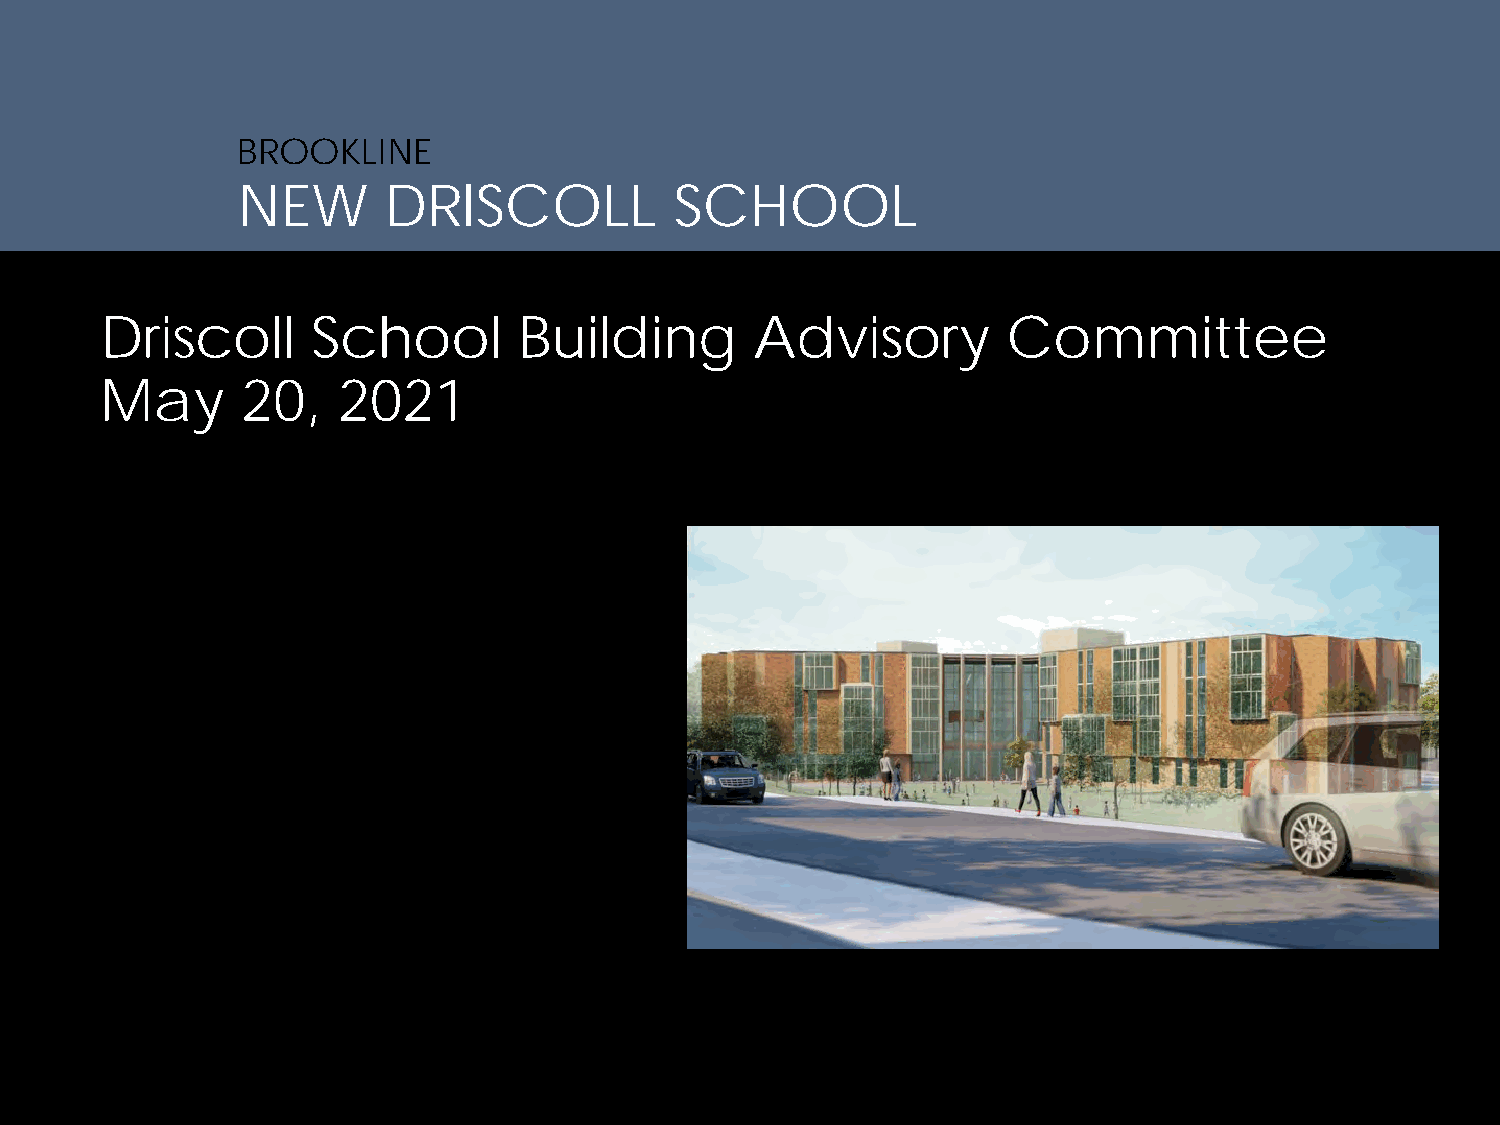
BROOKLINE
 NEW      DRISCOLL            SCHOOL
 Driscoll      School       Building        Advisory         Committee
 May      20,   2021